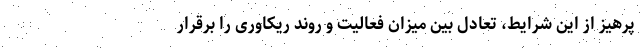
پرهیز از این شرایط، تعادل بین میزان فعالیت و روند ریکاوری را برقرار